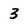
Character: 3